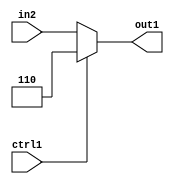
`timescale 1ps / 1ps
/*****************************************************************************
    Verilog RTL Description
    
    
    Created by: Stratus DpOpt 2019.1.01 
*******************************************************************************/

module dut_N_Mux_3_2_5_4 (
	in2,
	ctrl1,
	out1
	); /* architecture "behavioural" */ 
input [2:0] in2;
input  ctrl1;
output [2:0] out1;
wire [2:0] asc001;

reg [2:0] asc001_tmp_0;
assign asc001 = asc001_tmp_0;
always @ (ctrl1 or in2) begin
	case (ctrl1)
		1'B1 : asc001_tmp_0 = 3'B110 ;
		default : asc001_tmp_0 = in2 ;
	endcase
end

assign out1 = asc001;
endmodule

/* CADENCE  uLLzSgo= : u9/ySgnWtBlWxVPRXgAZ4Og= ** DO NOT EDIT THIS LINE ******/